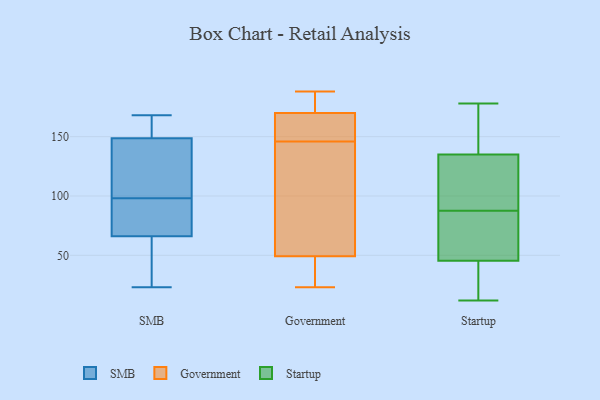
{"axis": {"x": "LTV (USD)", "y": "Value"}, "legend": ["Government", "SMB", "Startup"], "data": [{"x": "", "y": 127, "type": "SMB"}, {"x": "", "y": 66, "type": "SMB"}, {"x": "", "y": 168, "type": "SMB"}, {"x": "", "y": 154, "type": "SMB"}, {"x": "", "y": 106, "type": "SMB"}, {"x": "", "y": 147, "type": "SMB"}, {"x": "", "y": 44, "type": "SMB"}, {"x": "", "y": 23, "type": "SMB"}, {"x": "", "y": 66, "type": "SMB"}, {"x": "", "y": 76, "type": "SMB"}, {"x": "", "y": 73, "type": "SMB"}, {"x": "", "y": 157, "type": "SMB"}, {"x": "", "y": 98, "type": "SMB"}, {"x": "", "y": 171, "type": "Government"}, {"x": "", "y": 31, "type": "Government"}, {"x": "", "y": 146, "type": "Government"}, {"x": "", "y": 89, "type": "Government"}, {"x": "", "y": 23, "type": "Government"}, {"x": "", "y": 160, "type": "Government"}, {"x": "", "y": 188, "type": "Government"}, {"x": "", "y": 173, "type": "Government"}, {"x": "", "y": 167, "type": "Government"}, {"x": "", "y": 36, "type": "Government"}, {"x": "", "y": 127, "type": "Government"}, {"x": "", "y": 171, "type": "Startup"}, {"x": "", "y": 82, "type": "Startup"}, {"x": "", "y": 143, "type": "Startup"}, {"x": "", "y": 12, "type": "Startup"}, {"x": "", "y": 25, "type": "Startup"}, {"x": "", "y": 158, "type": "Startup"}, {"x": "", "y": 55, "type": "Startup"}, {"x": "", "y": 67, "type": "Startup"}, {"x": "", "y": 118, "type": "Startup"}, {"x": "", "y": 138, "type": "Startup"}, {"x": "", "y": 102, "type": "Startup"}, {"x": "", "y": 93, "type": "Startup"}, {"x": "", "y": 178, "type": "Startup"}, {"x": "", "y": 25, "type": "Startup"}, {"x": "", "y": 16, "type": "Startup"}, {"x": "", "y": 132, "type": "Startup"}, {"x": "", "y": 64, "type": "Startup"}, {"x": "", "y": 72, "type": "Startup"}, {"x": "", "y": 132, "type": "Startup"}, {"x": "", "y": 36, "type": "Startup"}]}